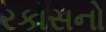
રકાસનો